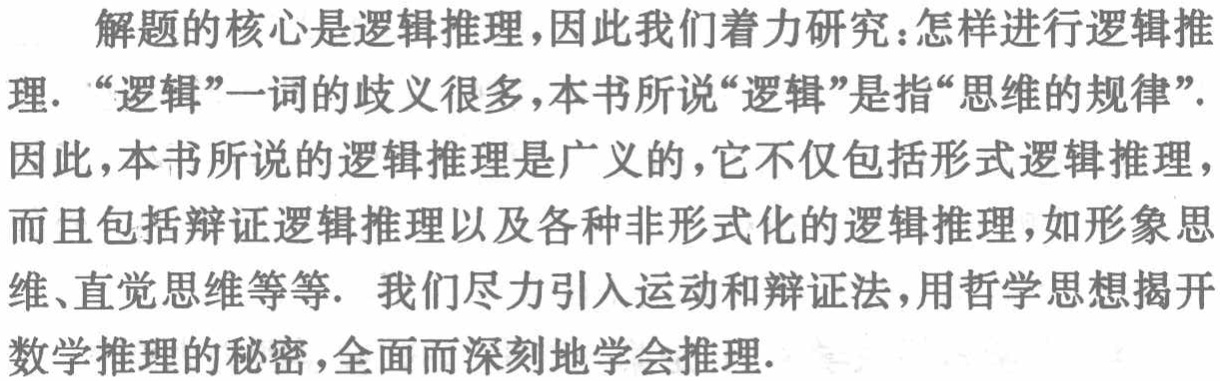
解题的核心是逻辑推理,因此我们着力研究：怎样进行逻辑推理. “逻辑”一词的歧义很多,本书所说“逻辑”是指“思维的规律”. 因此,本书所说的逻辑推理是广义的,它不仅包括形式逻辑推理, 而且包括辩证逻辑推理以及各种非形式化的逻辑推理,如形象思维、直觉思维等等. 我们尽力引入运动和辩证法,用哲学思想揭开数学推理的秘密,全面而深刻地学会推理.